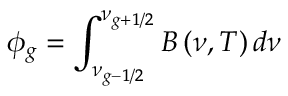
\phi _ { g } = \int _ { \nu _ { g - { 1 \mathord { \left/ { \vphantom { 1 2 } } \right. \kern - \nulldelimiterspace } 2 } } } ^ { \nu _ { g + { 1 \mathord { \left/ { \vphantom { 1 2 } } \right. \kern - \nulldelimiterspace } 2 } } } B \left( \nu , T \right) d \nu